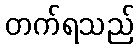
တက်ရသည်